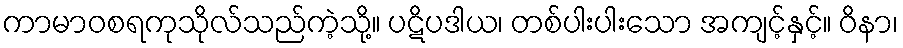
ကာမာဝစရကုသိုလ်သည်ကဲ့သို့။ ပဋိပဒါယ၊ တစ်ပါးပါးသော အကျင့်နှင့်။ ဝိနာ၊